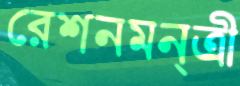
রেশনমন্ত্রী